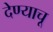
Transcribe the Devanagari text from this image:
देण्याचू